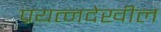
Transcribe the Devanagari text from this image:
प्रयत्‍नदेखील